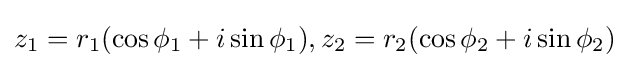
z_{1}=r_{1}(\cos \phi _{1}+i\sin \phi _{1}),z_{2}=r_{2}(\cos \phi _{2}+i\sin \phi _{2})